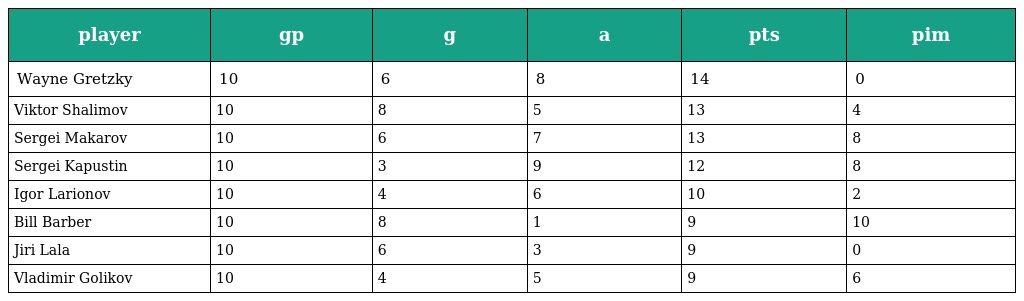
| player | gp | g | a | pts | pim |
 | --- | --- | --- | --- | --- | --- |
 | Wayne Gretzky | 10 | 6 | 8 | 14 | 0 |
 | Viktor Shalimov | 10 | 8 | 5 | 13 | 4 |
 | Sergei Makarov | 10 | 6 | 7 | 13 | 8 |
 | Sergei Kapustin | 10 | 3 | 9 | 12 | 8 |
 | Igor Larionov | 10 | 4 | 6 | 10 | 2 |
 | Bill Barber | 10 | 8 | 1 | 9 | 10 |
 | Jiri Lala | 10 | 6 | 3 | 9 | 0 |
 | Vladimir Golikov | 10 | 4 | 5 | 9 | 6 |